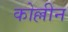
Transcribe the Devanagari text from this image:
कोल्लीन